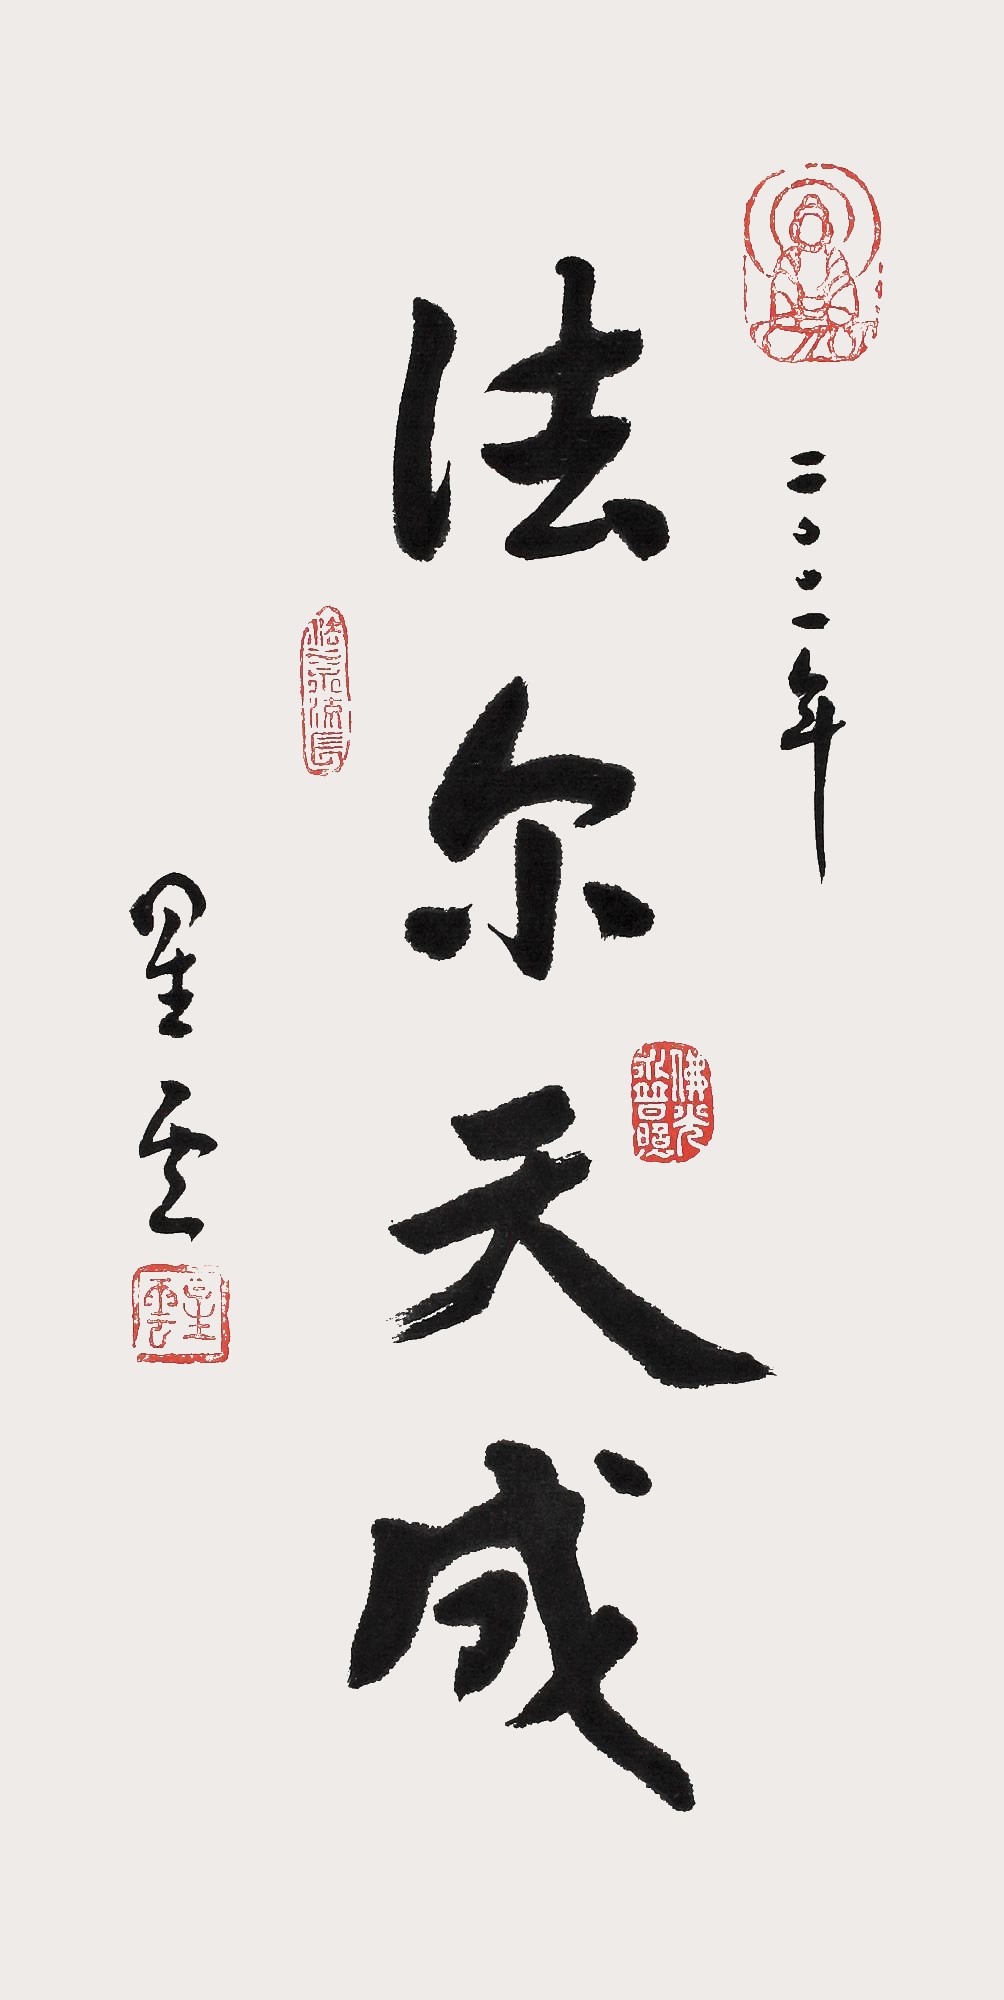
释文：法尔天成。二零零一年，星云。